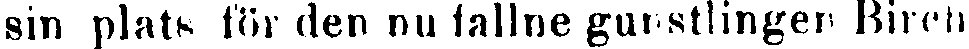
sin plats för den nu fallne gutstlingen Birch